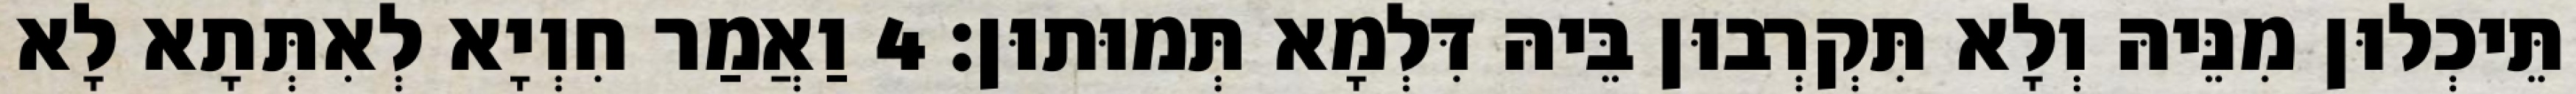
תֵּיכְלוּן מִנֵּיהּ וְלָא תִּקְרְבוּן בֵּיהּ דִּלְמָא תְּמוּתוּן׃ 4 וַאֲמַר חִוְיָא לְאִתְּתָא לָא